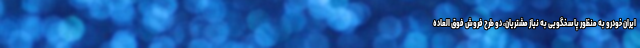
ایران خودرو به منظور پاسخگویی به نیاز مشتریان، دو طرح فروش فوق العاده